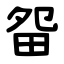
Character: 㽜